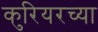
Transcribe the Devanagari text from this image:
कुरियरच्या